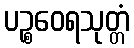
ပဉ္စဝေရသုတ္တံ